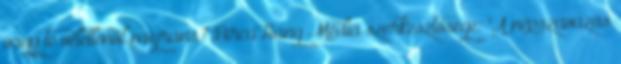
vagy te véletlenül migráns? BircaHang Média szerkesztősége: "A népszavazás